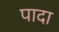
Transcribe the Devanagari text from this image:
पादा